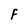
Character: F